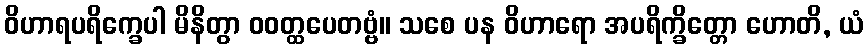
ဝိဟာရပရိက္ခေပါ မိနိတွာ ဝဝတ္ထပေတဗ္ဗံ။ သစေ ပန ဝိဟာရော အပရိက္ခိတ္တော ဟောတိ, ယံ